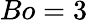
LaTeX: Bo=3